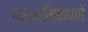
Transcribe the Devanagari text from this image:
प्राथमिकपणे